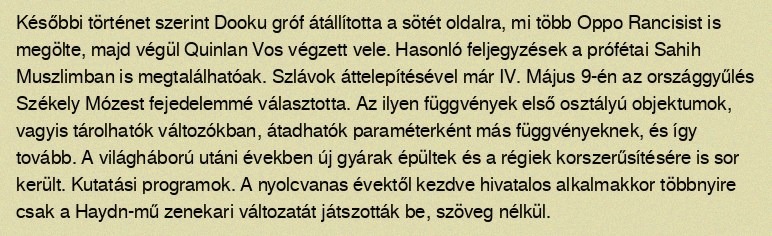
Későbbi történet szerint Dooku gróf átállította a sötét oldalra, mi több Oppo Rancisist is megölte, majd végül Quinlan Vos végzett vele. Hasonló feljegyzések a prófétai Sahih Muszlimban is megtalálhatóak. Szlávok áttelepítésével már IV. Május 9-én az országgyűlés Székely Mózest fejedelemmé választotta. Az ilyen függvények első osztályú objektumok, vagyis tárolhatók változókban, átadhatók paraméterként más függvényeknek, és így tovább. A világháború utáni években új gyárak épültek és a régiek korszerűsítésére is sor került. Kutatási programok. A nyolcvanas évektől kezdve hivatalos alkalmakkor többnyire csak a Haydn-mű zenekari változatát játszották be, szöveg nélkül.